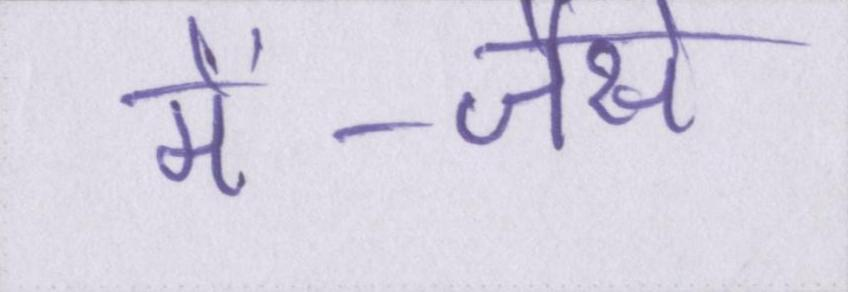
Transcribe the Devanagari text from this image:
में--जैसे